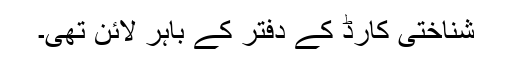
شناختی کارڈ کے دفتر کے باہر لائن تھی۔